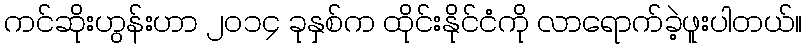
ကင်ဆိုးဟွန်းဟာ ၂၀၁၄ ခုနှစ်က ထိုင်းနိုင်ငံကို လာရောက်ခဲ့ဖူးပါတယ်။